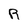
Character: R